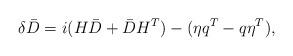
LaTeX: \begin{align*}\delta \bar{D} = i (H \bar{D} + \bar{D} H^{T}) - (\eta q^{T} - q \eta^{T}) ,\end{align*}